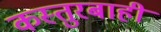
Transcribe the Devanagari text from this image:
कस्तुरबाही